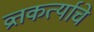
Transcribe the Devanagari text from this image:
व्रतकर्त्याचे